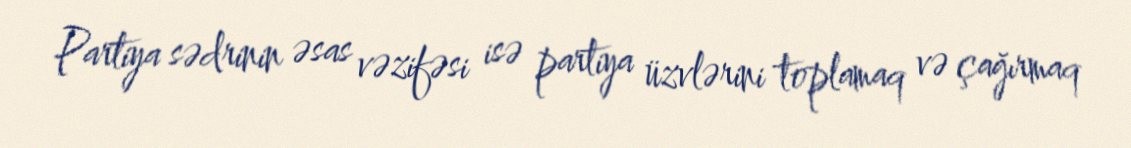
Partiya sədrinin əsas vəzifəsi isə partiya üzvlərini toplamaq və çağırmaq